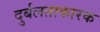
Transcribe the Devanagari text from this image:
दुर्बलताकारक